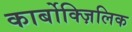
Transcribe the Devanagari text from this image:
कार्बोक्ज़िलिक